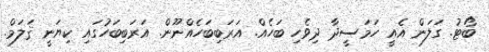
ބޯޓު. ގަލަން އެއީ ހަމަސީދާ ދިވެހި ބަހެއް. އަރަބިބަހެއްނޫން. އަރަބިބަހުގައި ކިޔަނީ ޤަލަމް.